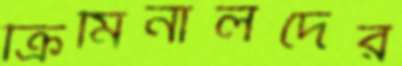
ক্রিমিনালদের